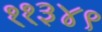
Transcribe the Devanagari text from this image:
११३४९